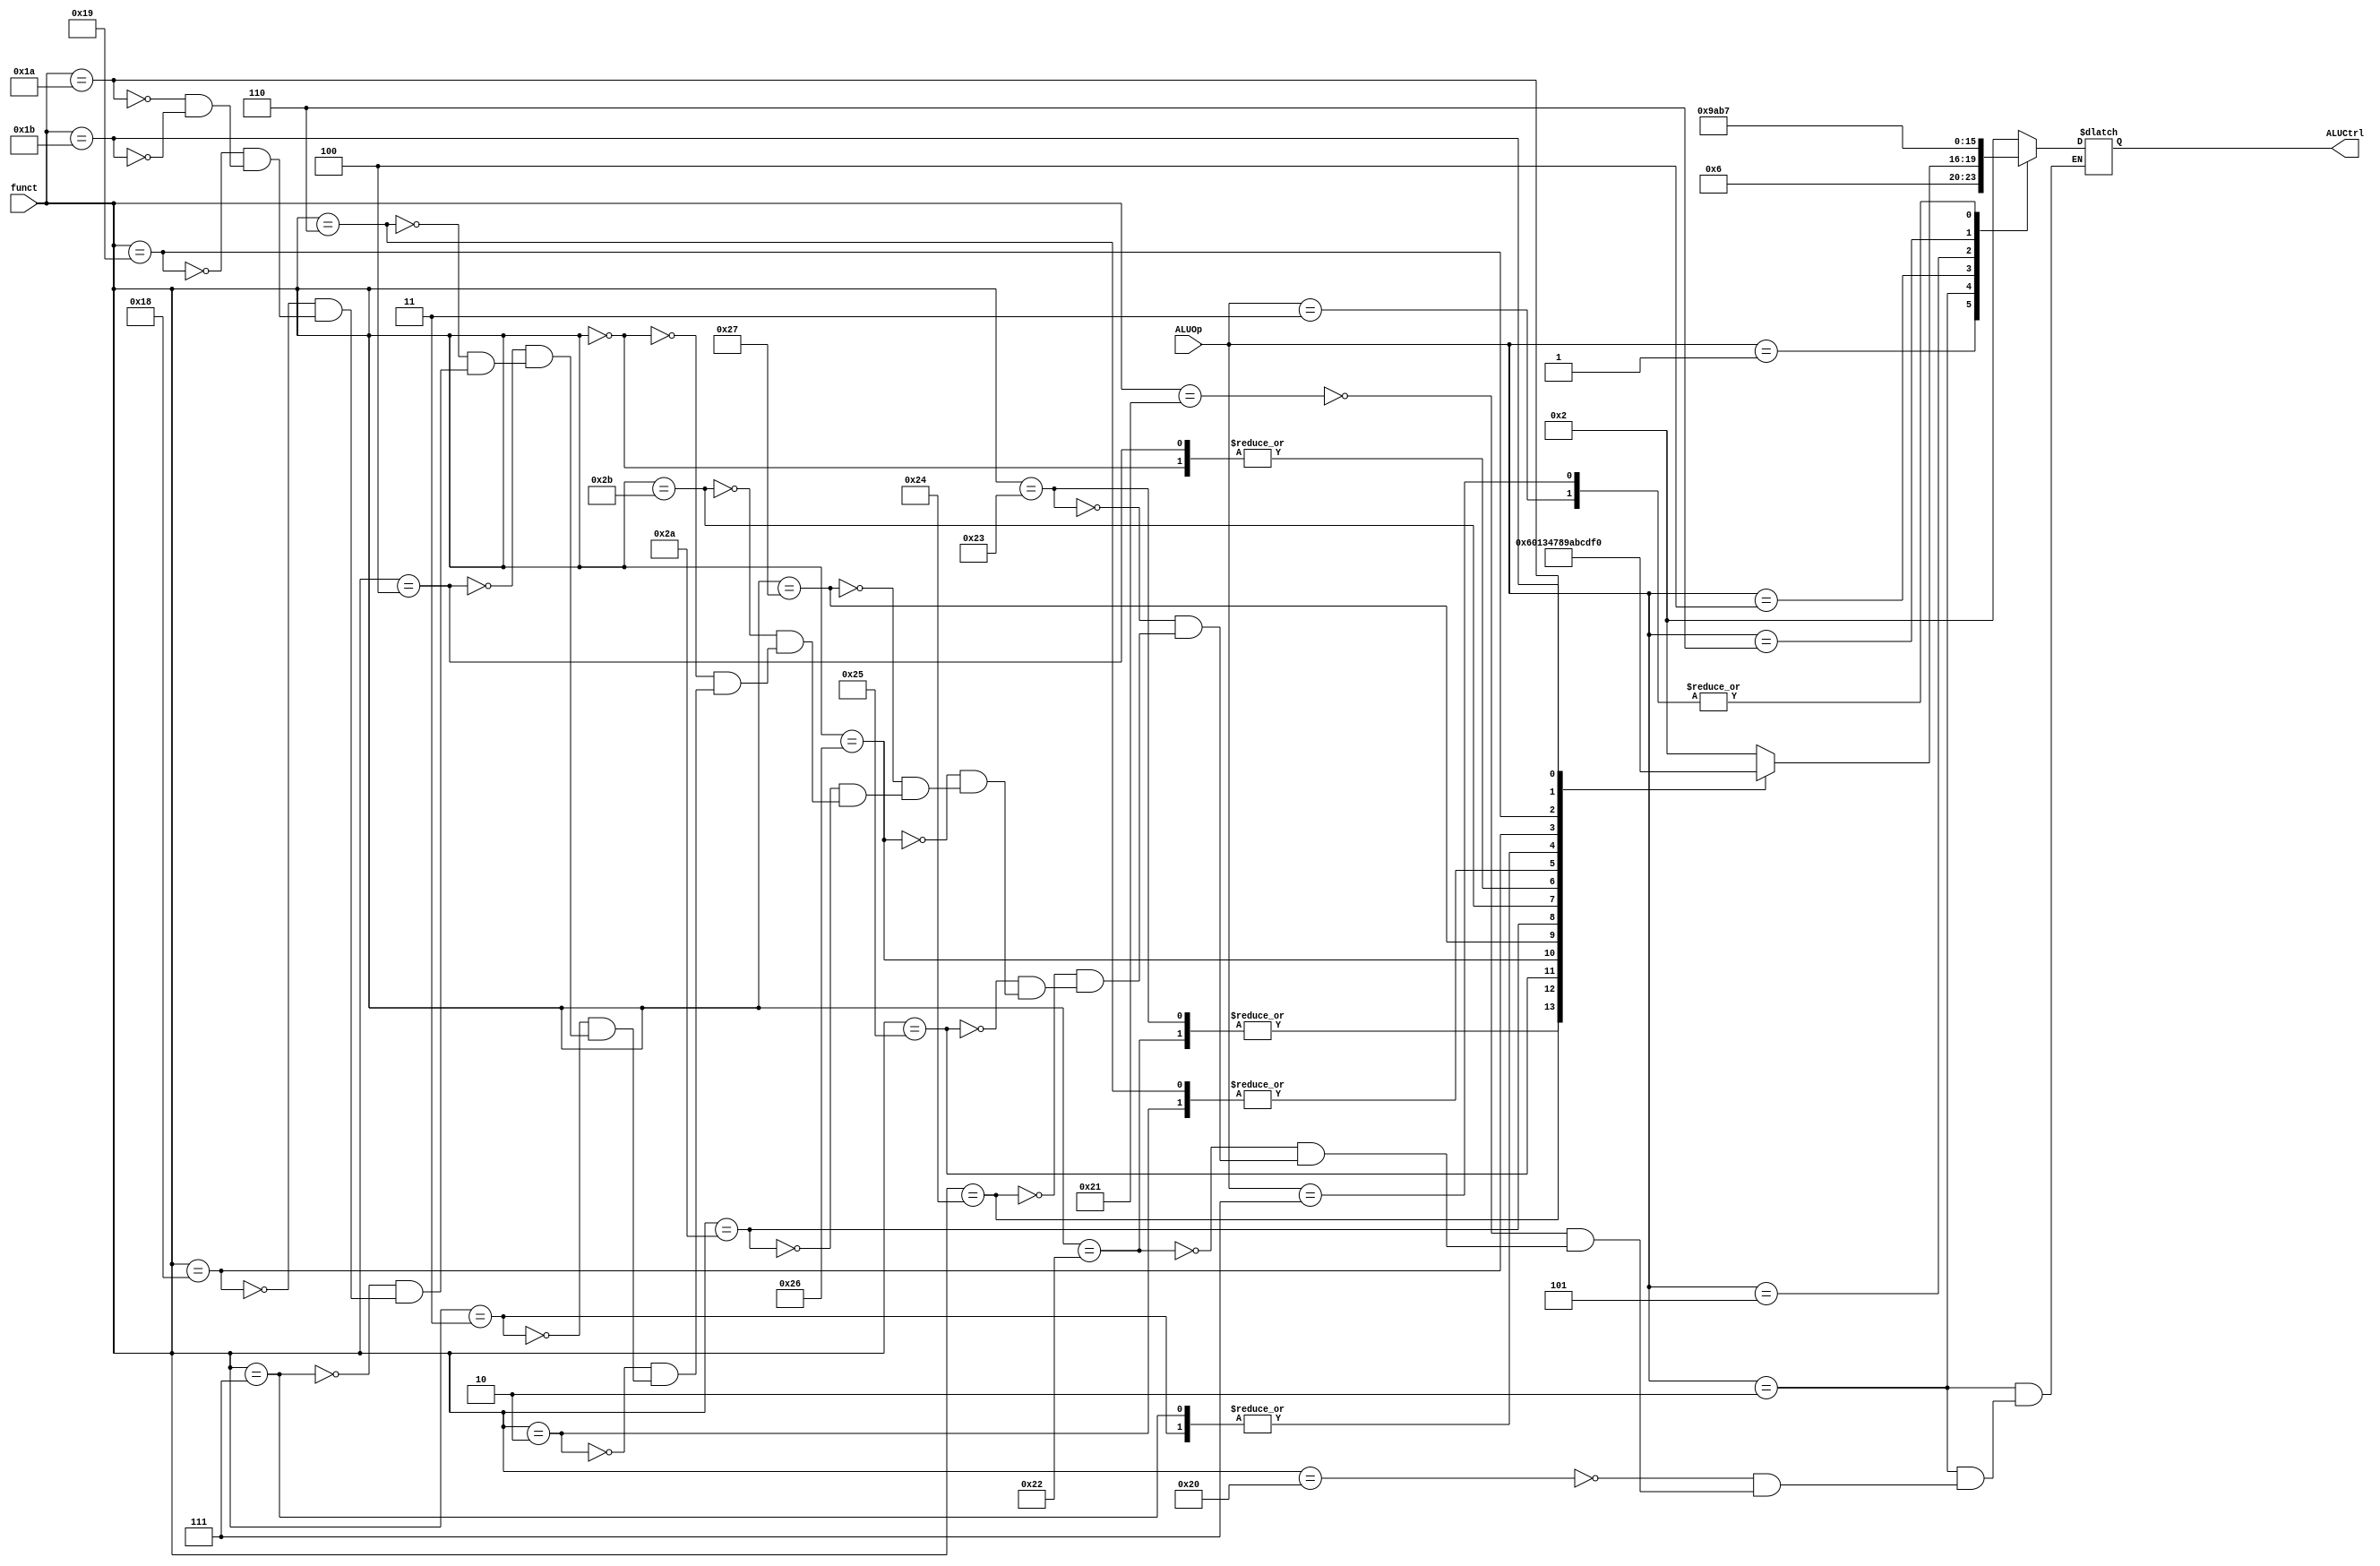
module ula_ctrl(ALUOp, funct, ALUCtrl);
    input [2:0] ALUOp;
    input [5:0] funct;
    output reg [3:0] ALUCtrl; // Supondo que ALUCtrl seja de 4 bits para cobrir todas as operaes

    always @(ALUOp, funct) begin
        case (ALUOp)
            3'b000: ALUCtrl = 4'b0010; // add
            3'b001: ALUCtrl = 4'b0110; // subtract
            3'b010: begin
                case (funct)
                    6'b100000: ALUCtrl = 4'b0010; // add
                    6'b100001: ALUCtrl = 4'b0010; // addu
                    6'b100010: ALUCtrl = 4'b0110; // sub
                    6'b100011: ALUCtrl = 4'b0110; // subu
                    6'b100100: ALUCtrl = 4'b0000; // and
                    6'b100101: ALUCtrl = 4'b0001; // or
                    6'b100110: ALUCtrl = 4'b0011; // xor
                    6'b100111: ALUCtrl = 4'b0100; // nor
                    6'b101010: ALUCtrl = 4'b0111; // slt
                    6'b101011: ALUCtrl = 4'b1000; // sltu
                    6'b000000: ALUCtrl = 4'b1001; // sll
                    6'b000010: ALUCtrl = 4'b1010; // srl
                    6'b000011: ALUCtrl = 4'b1011; // sra
                    6'b000100: ALUCtrl = 4'b1001; // sllv
                    6'b000110: ALUCtrl = 4'b1010; // srlv
                    6'b000111: ALUCtrl = 4'b1011; // srav
                    6'b011000: ALUCtrl = 4'b1100; // mult
                    6'b011001: ALUCtrl = 4'b1101; // multu
                    6'b011010: ALUCtrl = 4'b1110; // div
                    6'b011011: ALUCtrl = 4'b1111; // divu
                endcase
            end
            3'b011: ALUCtrl = 4'b0111; // slt (para instrues I-Type)
            3'b100: ALUCtrl = 4'b1001; // sll (para instrues I-Type)
            3'b101: ALUCtrl = 4'b1010; // srl (para instrues I-Type)
            3'b110: ALUCtrl = 4'b1011; // sra (para instrues I-Type)
            3'b111: ALUCtrl = 4'b0111; // sltu (para instrues I-Type)
        endcase
    end
endmodule